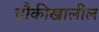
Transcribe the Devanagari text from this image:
चौकीखालील